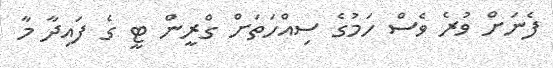
ފެނަށް ވުރެ ވެސް ހަމުގެ ސިއްހަތަށް ގްރީން ޓީ ގެ ފައިދާ މާ